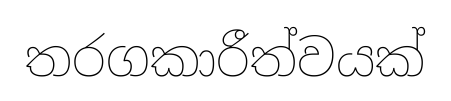
තරගකාරීත්වයක්